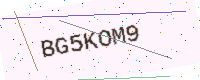
Text: BG5KOM9